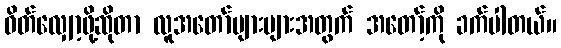
ဝိတ်လျှော့ဖို့ဆိုတာ လူအတော်များများအတွက် အတော့်ကို ခက်ပါတယ်။